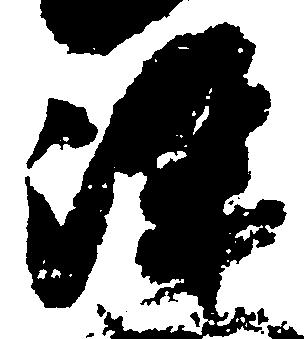
染